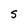
Character: S